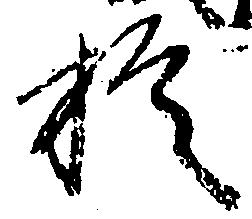
於